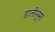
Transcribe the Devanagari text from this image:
डालीनुमा